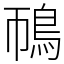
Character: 鳾